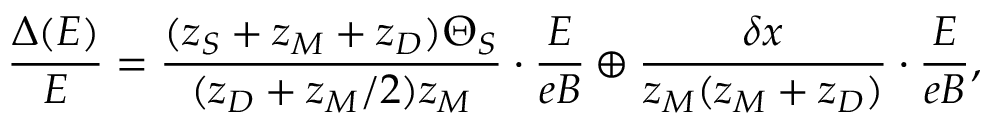
\frac { \Delta ( E ) } { E } = \frac { ( z _ { S } + z _ { M } + z _ { D } ) \Theta _ { S } } { ( z _ { D } + z _ { M } / 2 ) z _ { M } } \cdot \frac { E } { e B } \oplus \frac { \delta x } { z _ { M } ( z _ { M } + z _ { D } ) } \cdot \frac { E } { e B } ,